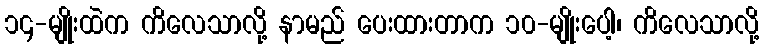
၁၄-မျိုးထဲက ကိလေသာလို့ နာမည် ပေးထားတာက ၁၀-မျိုးပေါ့၊ ကိလေသာလို့